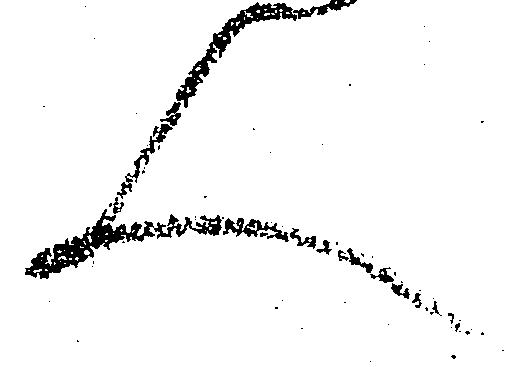
人